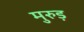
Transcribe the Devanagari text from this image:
मुरुड़